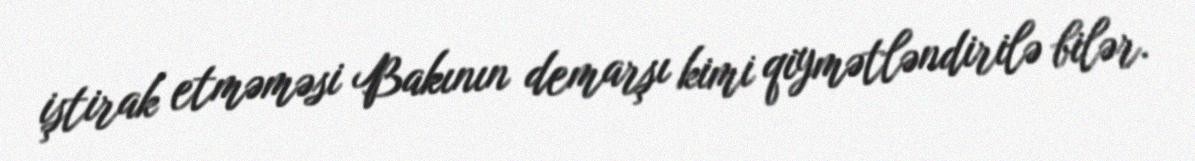
iştirak etməməsi Bakının demarşı kimi qiymətləndirilə bilər.